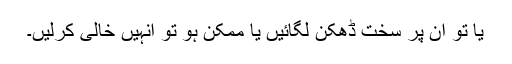
یا تو ان پر سخت ڈھکن لگائیں یا ممکن ہو تو انہیں خالی کرلیں۔